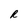
Character: R